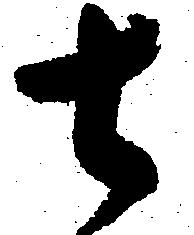
去